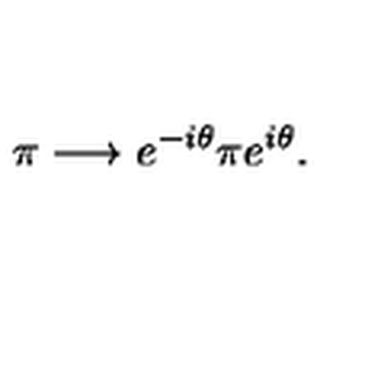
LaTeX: \pi \longrightarrow e ^ { - i \theta } \pi e ^ { i \theta } .